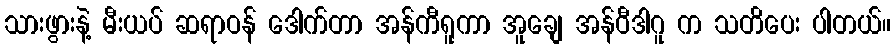
သားဖွားနဲ့ မီးယပ် ဆရာဝန် ဒေါက်တာ အန်ကီရူကာ အူချေ အန်ဝီဒါဂူ က သတိပေး ပါတယ်။